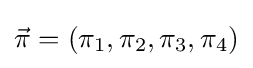
{\vec {\pi }}=(\pi _{1},\pi _{2},\pi _{3},\pi _{4})